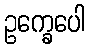
ဥက္ခေပေါ